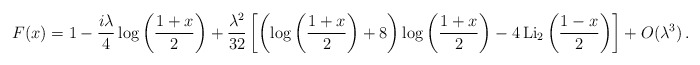
\begin{align*}F(x) = 1 - \frac{i\lambda}{4}\log{\left( \frac{1+x}{2}\right)} + \frac{\lambda^2}{32}\left[ \left( \log{\left( \frac{1+x}{2}\right)} +8\right) \log{\left( \frac{1+x}{2}\right)} - 4\, \mbox{Li}_2\left(\frac{1-x}{2}\right)\right] + O(\lambda^3)\,.\end{align*}